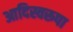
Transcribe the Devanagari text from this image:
आदिस्वरूपा